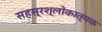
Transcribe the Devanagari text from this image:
सहस्रश्लोकात्मक